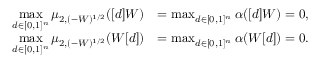
\begin{array} { r l } { \displaystyle \operatorname* { m a x } _ { d \in [ 0 , 1 ] ^ { n } } \mu _ { 2 , ( - W ) ^ { 1 / 2 } } ( [ d ] W ) } & { = \operatorname* { m a x } _ { d \in [ 0 , 1 ] ^ { n } } \alpha ( [ d ] W ) = 0 , } \\ { \displaystyle \operatorname* { m a x } _ { d \in [ 0 , 1 ] ^ { n } } \mu _ { 2 , ( - W ) ^ { 1 / 2 } } ( W [ d ] ) } & { = \operatorname* { m a x } _ { d \in [ 0 , 1 ] ^ { n } } \alpha ( W [ d ] ) = 0 . } \end{array}